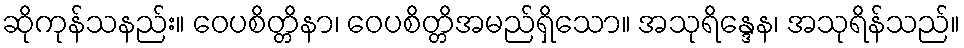
ဆိုကုန်သနည်း။ ဝေပစိတ္တိနာ၊ ဝေပစိတ္တိအမည်ရှိသော။ အသုရိန္ဒေန၊ အသုရိန်သည်။